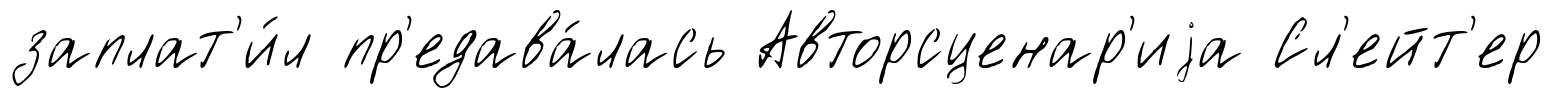
заплат'и́л пр'едава́лась Авторсценар'иjа Сл'ейт'ер